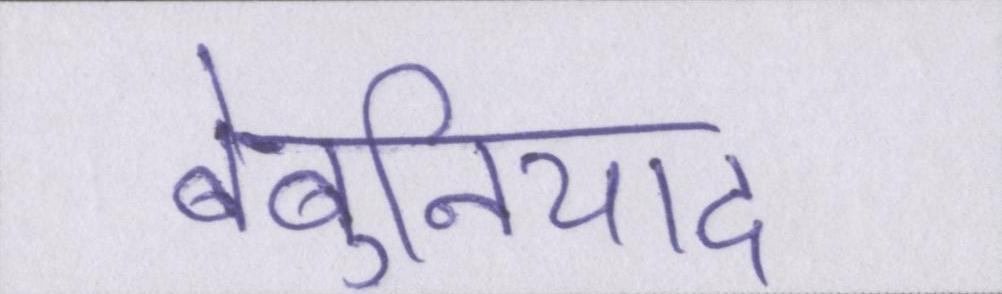
बेबुनियाद